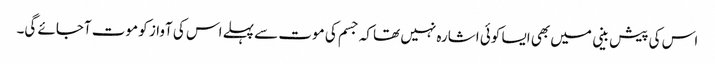
اس کی پیش بینی میں بھی ایسا کوئی اشارہ نہیں تھا کہ جسم کی موت سے پہلے اس کی آواز کو موت آجائے گی۔